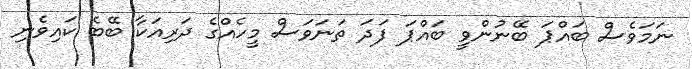
ނަމަވެސް ބައްޕަ ބޭނުންވީ ބައްޕަ ފަދަ ތަނަވަސް މީހެއްގެ ދަރިއަކާ ބޭބެ ކައިވެނި